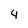
Character: 4